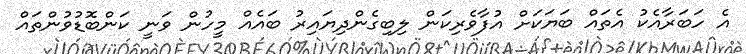
އެ ހަބަރާއެކު އެތައް ބަޔަކަށް އުފާވެރިކަން ލިބިގެންދިޔައިރު ބައެއް މީހުން ވަނީ ކަންބޮޑުވުންތައް